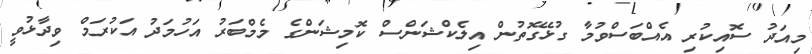
މިއަދު ސޮއިކުރި އެއްބަސްވުމާ ގުޅޭގޮތުން އިލެކްޝަންސް ކޮމިޝަންގެ މެމްބަރު އަހުމަދު އަކުރަމް ވިދާޅުވީ